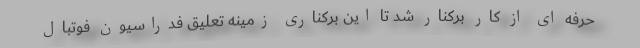
حرفه ای از کار برکنار شد تا این برکناری زمینه تعلیق فدراسیون فوتبال